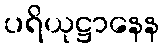
ပရိယုဋ္ဌာနေန